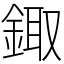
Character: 鋷